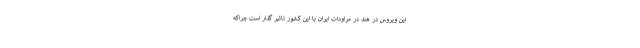
این ویروس در هند در مراودات ایران با این کشور تاثیر گذار است چراکه